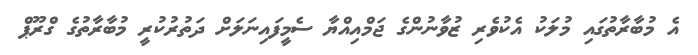
އެ މުބާރާތުގައި މުލަކު އެކުވެރި ޒުވާނުންގެ ޖަމްއިއްޔާ ސެމީފައިނަލަށް ދަތުރުކުރީ މުބާރާތުގެ ގްރޫޕް